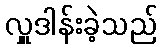
လှူဒါန်းခဲ့သည်